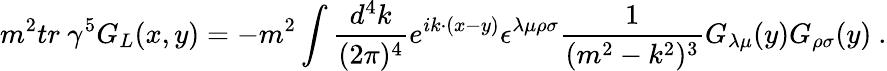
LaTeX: m^{2}tr\ \gamma^{5}G_{L}(x,y)=-m^{2}\int\frac{d^{4}k}{(2\pi)^{4}}e^{ik\cdot(x-y)}\epsilon^{\lambda\mu\rho\sigma}\frac{1}{(m^{2}-k^{2})^{3}}G_{\lambda\mu}(y)G_{\rho\sigma}(y)\ .